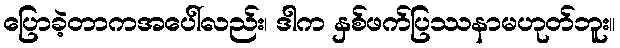
ပြောခဲ့တာကအပေါ်လည်း၊ ဒါက နှစ်ဖက်ပြဿနာမဟုတ်ဘူး။